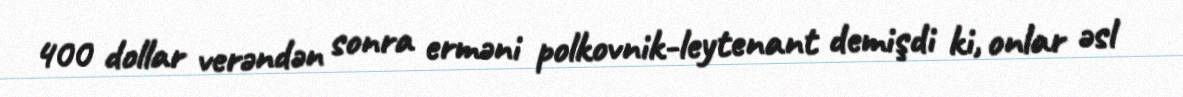
400 dollar verəndən sonra erməni polkovnik-leytenant demişdi ki, onlar əsl